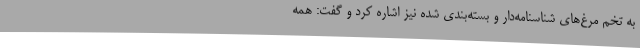
به تخم مرغ‌های شناسنامه‌دار و بسته‌بندی شده نیز اشاره کرد و گفت: همه